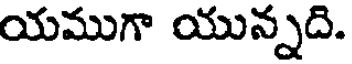
యముగా యున్నది.